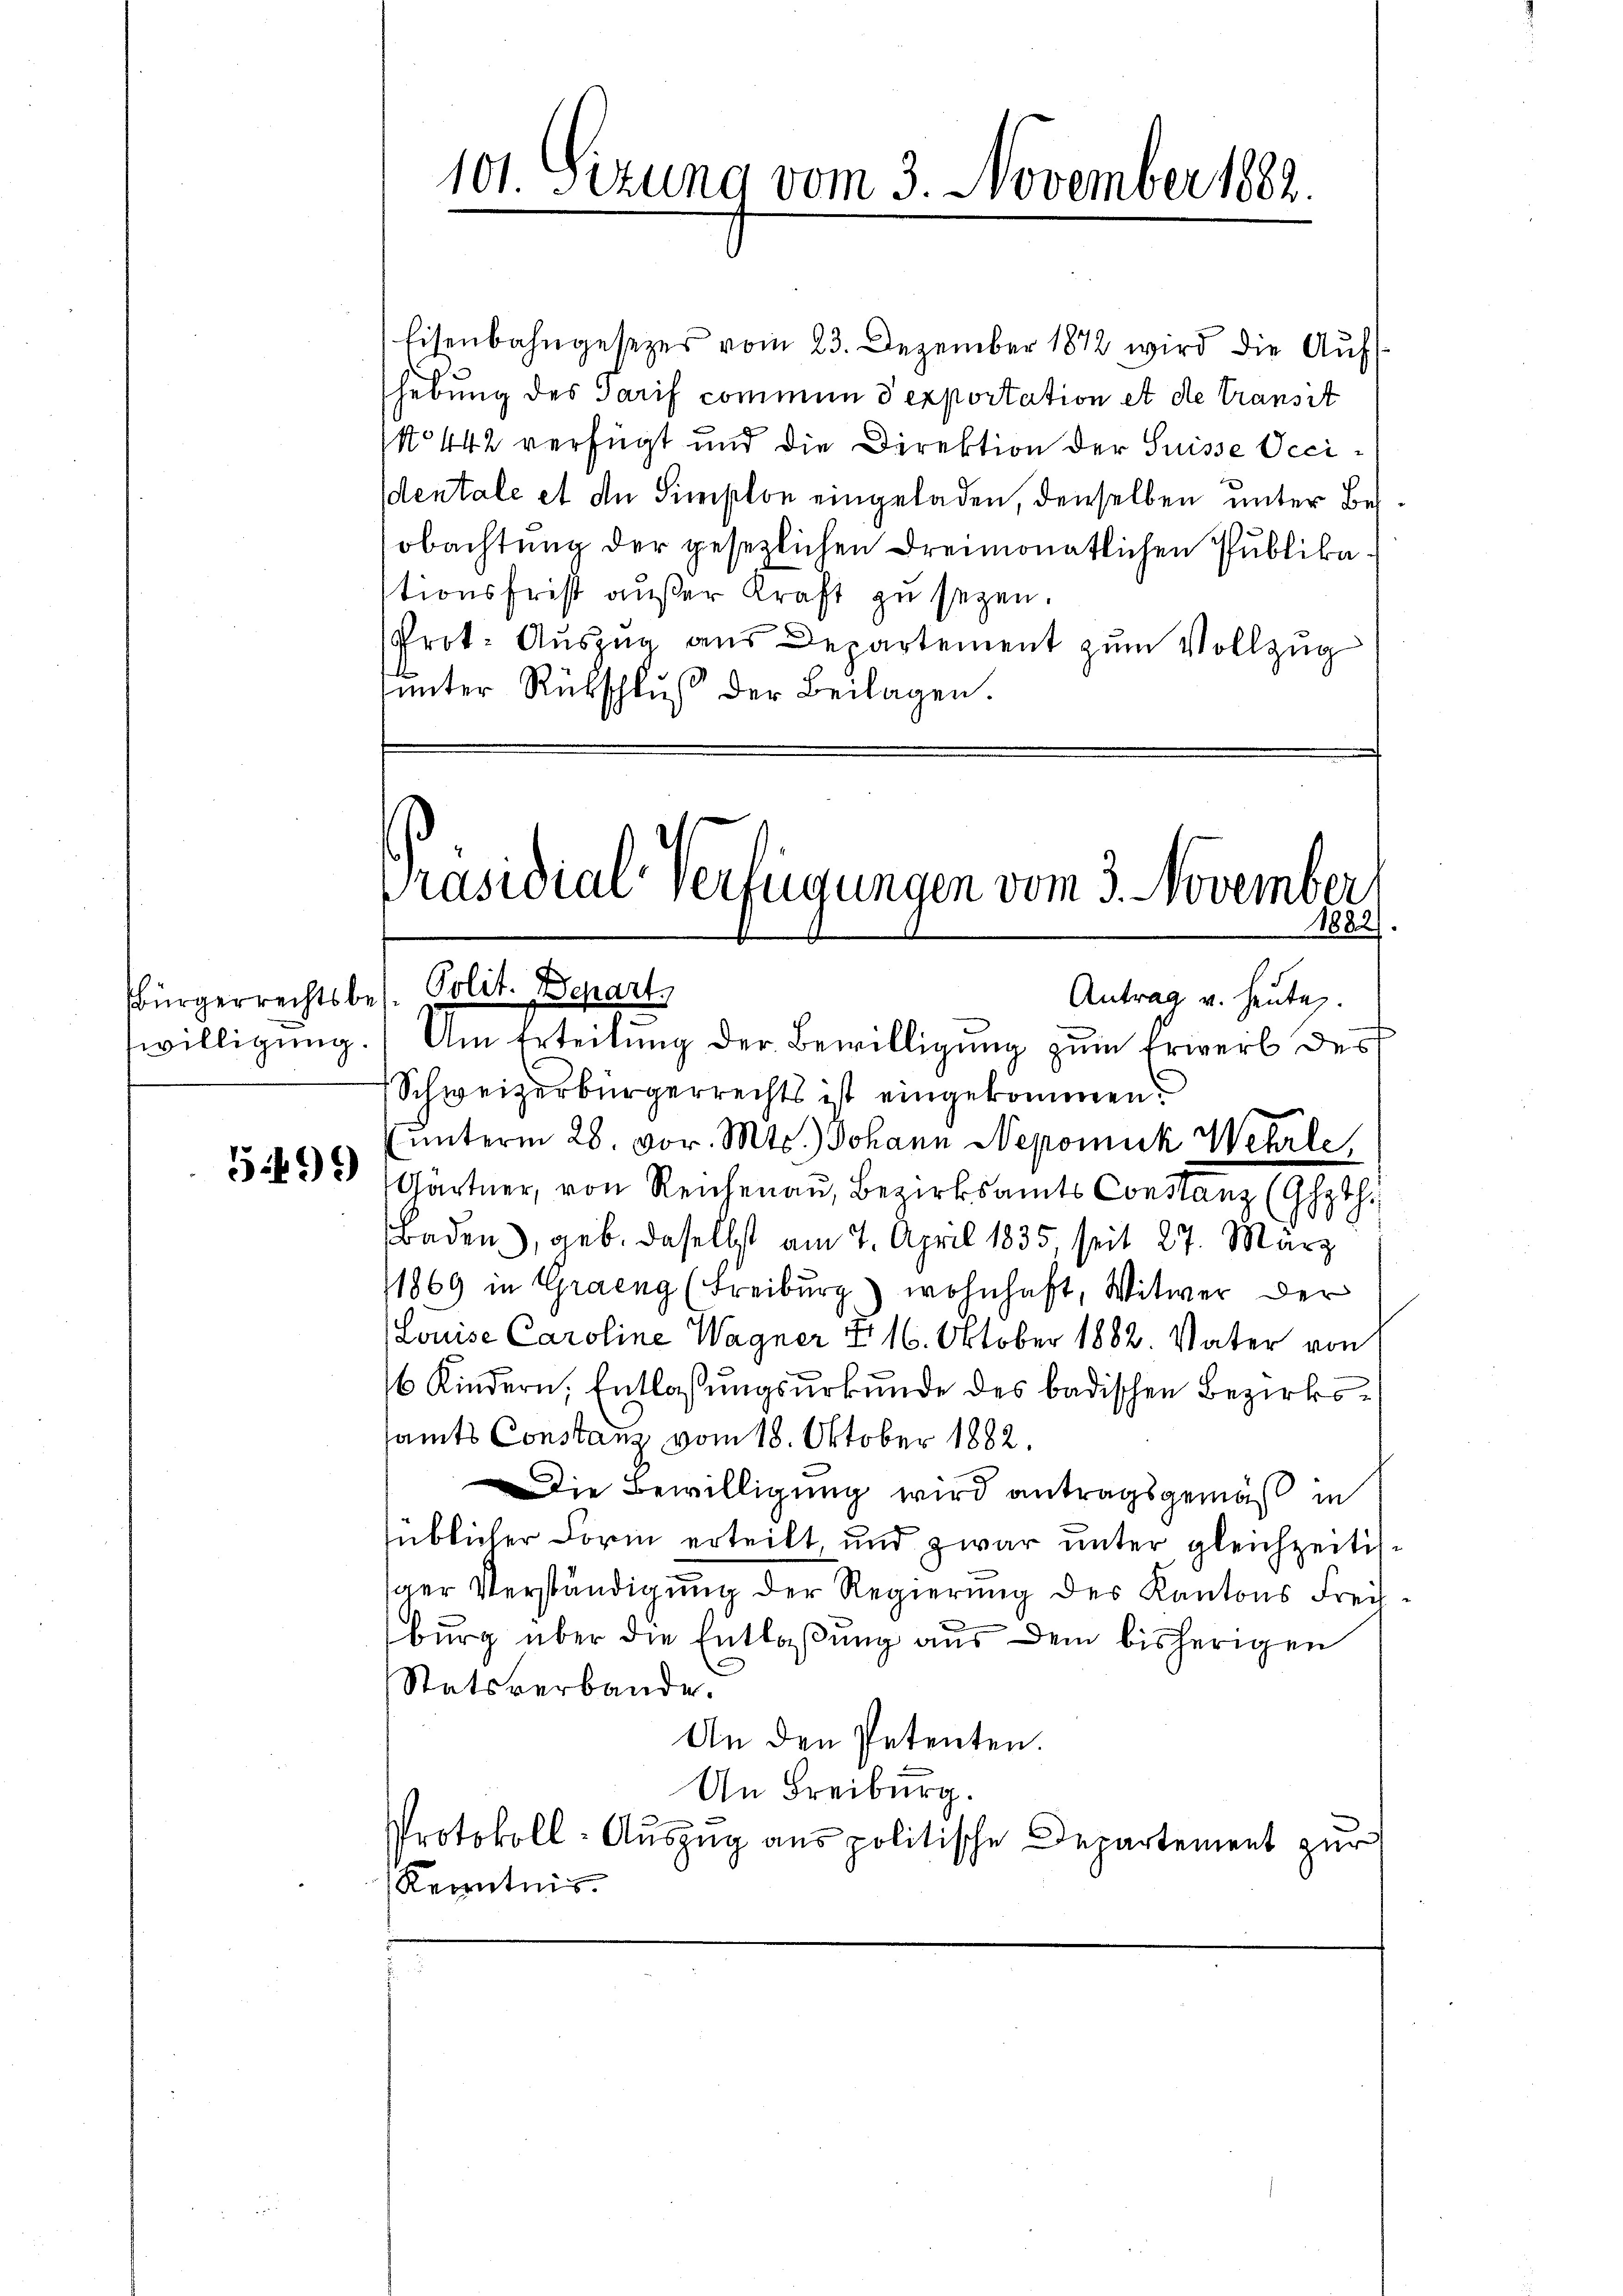
willigung.

5499)

Eisenbahngesetzes vom 23. Dezember 1872 wird die Aŭfs
hebung des Tarif commen d exportation et de transit
No 442 verfügt und die Direktion der Suisse Vecidentale et die Simplon eingeladen denselben unter Besobachtung der gesezlichen dreimonatlichen Publika
tionsfrist außer Kraft zu seyen.
Prot. Auszug aus Departement zum Vollzug
unter Rückschlŭβ der Beilagen.

101. Sizung vom 3. November 1883.

Präsidial-Verfügungen vom 3. November
1882
ürgerrechts s. f. Polit. Depart
Antrag u. heute.

Um Erteilung der Bewilligung zum Erwerb des
Schweizerbürgerrechts ist eingekommen.
unterm 28. vor. Mts.) Johann Nepomuk Wehrle,
Gärtner, von Reichenau, Bezirksamts Constanz (Ghyth
Baden, geb. daselbst am 7. April 1835, seit 27. März
1869 in Graeng (Freiburg) wohnhaft, Witwer der
Louise Caroline Wagner I 16. Oktober 1882. Vater von
6 Kindern, Entlaßungsurkunde des badischen Bezirkssamts Constanz vom 18. Oktober 1882.
Die Bewilligung wird antragsgemäß in
süblicher Form erteilt, und zwar unter gleichzeitisiger Verständigung der Regierung des Kantons Frei
burg über die Entlaßung aus dem bisherigen
Statsverbande.
An den Petenten.
An Freiburg.
Protokoll-Auszug aus politische Departement zur
Kenntnis.